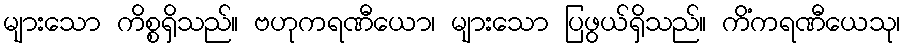
များသော ကိစ္စရှိသည်။ ဗဟုကရဏီယော၊ များသော ပြဖွယ်ရှိသည်။ ကိံကရဏီယေသု၊